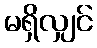
မရှိလျှင်